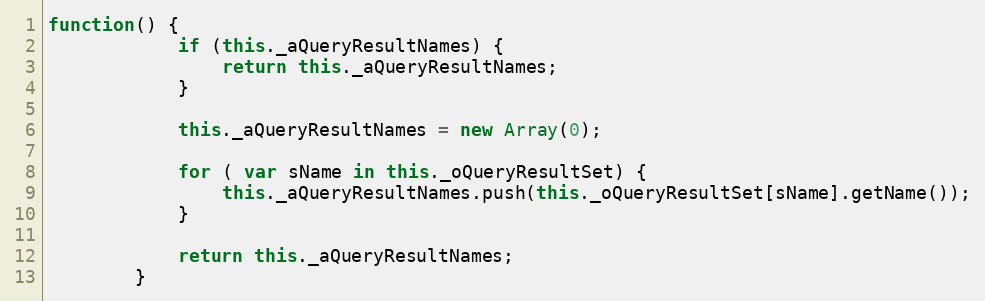
Language: JavaScript
function() {
			if (this._aQueryResultNames) {
				return this._aQueryResultNames;
			}

			this._aQueryResultNames = new Array(0);

			for ( var sName in this._oQueryResultSet) {
				this._aQueryResultNames.push(this._oQueryResultSet[sName].getName());
			}

			return this._aQueryResultNames;
		}